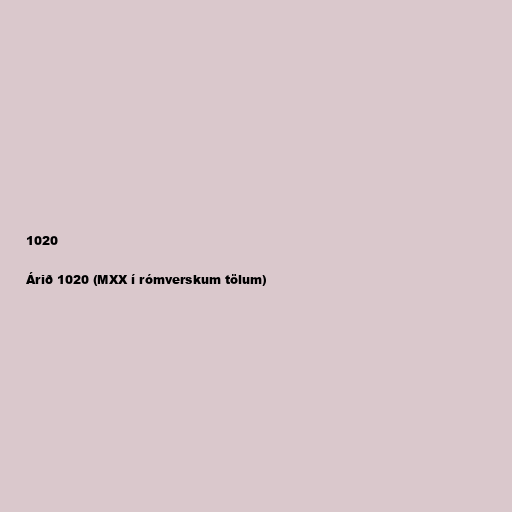
1020

Árið 1020 (MXX í rómverskum tölum)